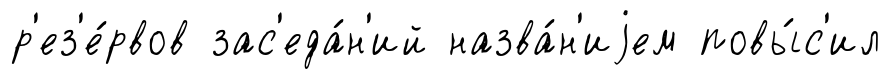
р'ез'е́рвов зас'еда́н'ий назва́н'иjем повы́с'ил